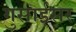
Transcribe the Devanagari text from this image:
गुसाईंसर